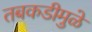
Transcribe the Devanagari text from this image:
तबकडीमुळे